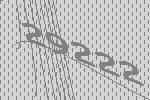
29222